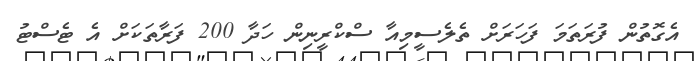
އެގޮތުން ފުރަތަމަ ފަހަރަށް ތެލެސީމިއާ ސްކްރީނިން ހަދާ 200 ފަރާތަކަށް އެ ޓެސްޓު